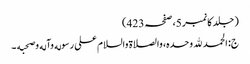
( جلد کا نمبر 5، صفحہ 423)
ج: الحمد لله وحده، والصلاة والسلام علی رسوله وآله وصحبه ۔